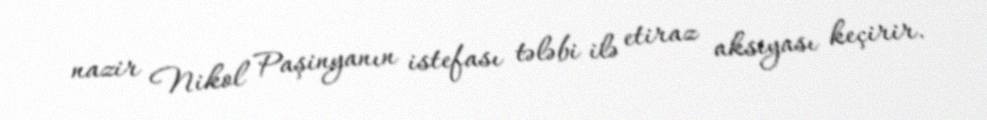
nazir Nikol Paşinyanın istefası tələbi ilə etiraz aksiyası keçirir.